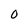
Character: 0